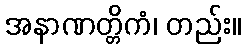
အနာဏတ္တိကံ၊ တည်း။